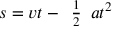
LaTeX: s = v t - { \begin{array} { l } { { \frac { 1 } { 2 } } } \end{array} } a t ^ { 2 }